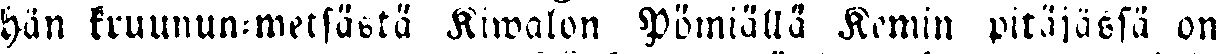
hän kruunun-metsästä Kiwalon Pömiällä Kemin pitäjässä on